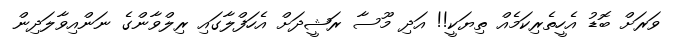
ވަރަށް ބޮޑު އެހީތެރިކަމެއް ތިޔަކީ!! އަދި މޫސާ ރަޝީދަށް އެހަފްލާގައި ރިލްވާންގެ ނަންއިވާލަދިން